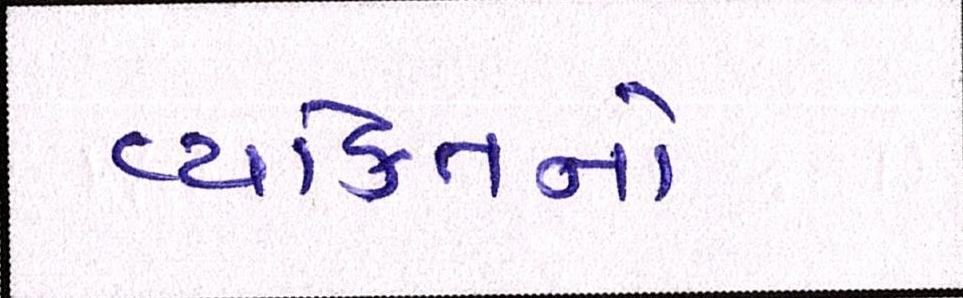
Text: વ્યક્તિનો